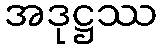
အဒုဋ္ဌဿ